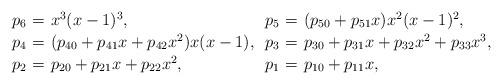
LaTeX: \begin{align*} \setlength{\arraycolsep}{2pt} \def\arraystretch{1.1} \begin{array}{lcllcl}p_{6}&=& x^3(x-1)^3,&p_{5}&=& (p_{50}+p_{51}x)x^2(x-1)^2,\\p_{4}&=& (p_{40}+p_{41}x+p_{42}x^2)x(x-1),\ & p_{3}&=& p_{30}+p_{31}x+p_{32}x^2+p_{33}x^3,\\p_{2}&=& p_{20}+p_{21}x+p_{22}x^2,& p_{1}&=& p_{10}+p_{11}x, \end{array} \setlength{\arraycolsep}{3pt} \end{align*}